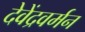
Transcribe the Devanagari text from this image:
देवेंद्रवर्मन